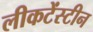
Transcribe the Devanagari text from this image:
लीकटेंस्टीन